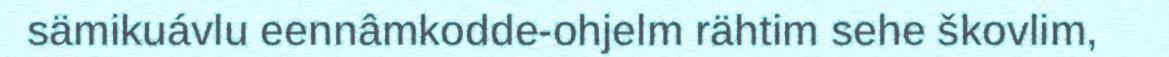
sämikuávlu eennâmkodde-ohjelm rähtim sehe škovlim,